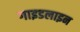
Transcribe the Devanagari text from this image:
गाइडलाइन